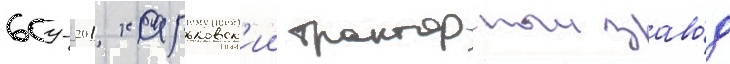
609-201 харьковск'ии тракторныи заво́д